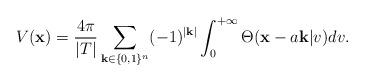
LaTeX: \begin{align*}V(\textbf{x})=\dfrac{4\pi}{\vert T\vert}\sum_{\textbf{k}\in \lbrace0,1\rbrace^{n}}(-1)^{\vert\textbf{k}\vert}\int_{0}^{+\infty}\Theta (\mathbf{x}-a\textbf{k}\vert v) dv.\end{align*}